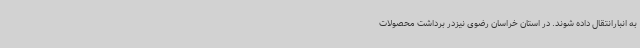
به انبارانتقال داده شوند. در استان خراسان رضوی نیزدر برداشت محصولات